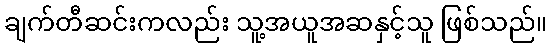
ချက်တီဆင်းကလည်း သူ့အယူအဆနှင့်သူ ဖြစ်သည်။